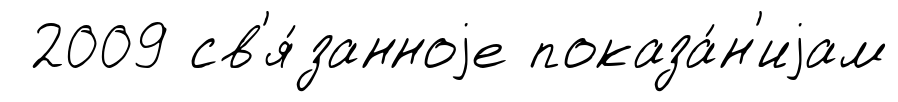
2009 св'я́занноjе показа́н'иjам